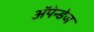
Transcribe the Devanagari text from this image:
अॅपेन्डेज